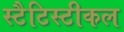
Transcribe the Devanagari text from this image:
स्टैटिस्टीकल